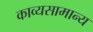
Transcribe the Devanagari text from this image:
काव्यसामान्य